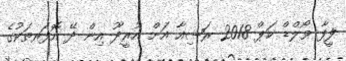
ފީފާ ވޯލްޑް ކަޕް 2018 ރަޝިއާ އަށް އުރީދޫ އިން ދޭ އޮފަރތަކުގެ